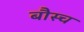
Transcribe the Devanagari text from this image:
बौस्च